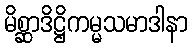
မိစ္ဆာဒိဋ္ဌိကမ္မသမာဒါနာ